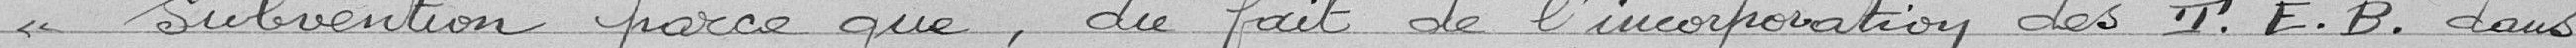
"subvention parce que, du fait de l'incorporation des T. E.B. dans